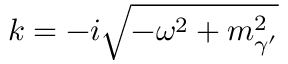
k = - i \sqrt { - \omega ^ { 2 } + m _ { \gamma ^ { \prime } } ^ { 2 } }